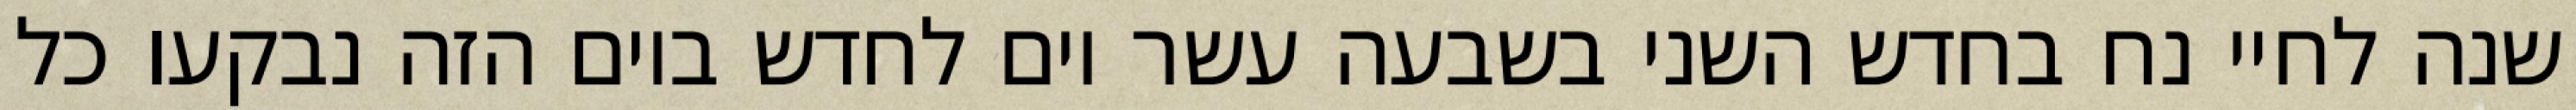
שנה לחיי נח בחדש השני בשבעה עשר יום לחדש ביום הזה נבקעו כל